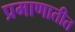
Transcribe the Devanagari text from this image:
प्रमाणातीत